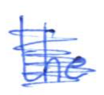
Text: the
Cross-out: scratch
Writing tool: ballpoint